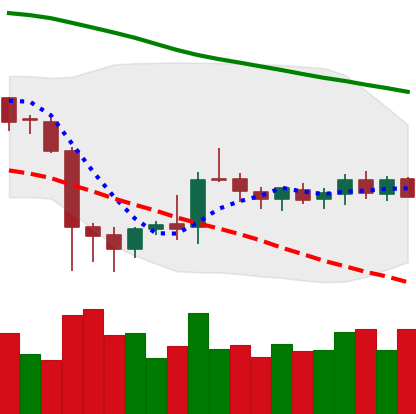
Ticker: DOGE-USD
Chart end date: 2019-10-10
Forward return: 7.633%
Label: up_7plus